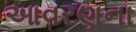
આવરણના